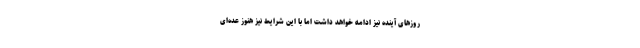
روزهای آینده نیز ادامه خواهد داشت اما با این شرایط نیز هنوز عده‌ای